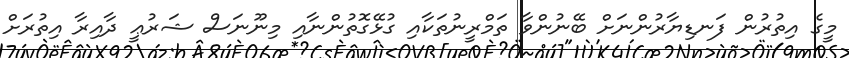
މީގެ އިތުރުން ފަނޑިޔާރުންނަށް ބޭނުންވާ ތަމްރީނުތަކާއި ގުޅޭގޮތުންނާއި މިނޫނަސް ޝަރުޢީ ދާއިރާ އިތުރަށް